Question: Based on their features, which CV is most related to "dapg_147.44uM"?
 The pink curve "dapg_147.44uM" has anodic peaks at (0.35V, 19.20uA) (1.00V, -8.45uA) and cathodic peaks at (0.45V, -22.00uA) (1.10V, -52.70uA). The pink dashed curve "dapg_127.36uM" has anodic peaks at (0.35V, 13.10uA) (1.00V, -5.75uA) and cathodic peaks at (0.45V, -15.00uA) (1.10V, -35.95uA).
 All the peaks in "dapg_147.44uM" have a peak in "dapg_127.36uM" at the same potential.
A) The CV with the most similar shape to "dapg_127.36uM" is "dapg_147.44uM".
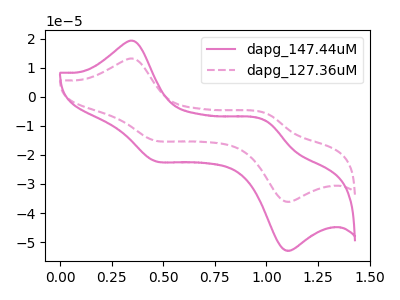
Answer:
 <answer>A) The CV with the most similar shape to "dapg_127.36uM" is "dapg_147.44uM".</answer>
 <eval>A</eval>